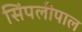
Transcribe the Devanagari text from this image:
सिंपलीपाल